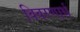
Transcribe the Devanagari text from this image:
विवरणार्थ